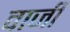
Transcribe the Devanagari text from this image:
वार्जी